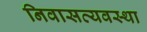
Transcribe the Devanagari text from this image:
निवासव्यवस्था